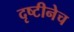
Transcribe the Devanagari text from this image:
दृष्टीनेच